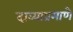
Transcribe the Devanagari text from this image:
दाव्याप्रमाणे